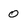
Character: 0